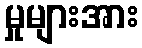
မှုများအား